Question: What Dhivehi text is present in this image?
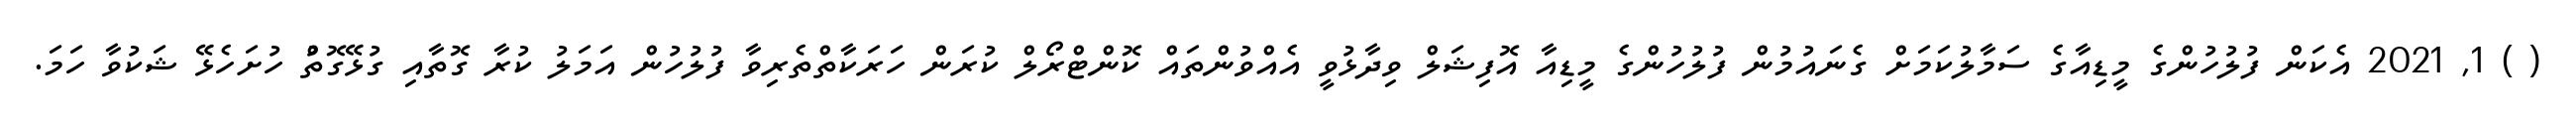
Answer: ( ) 1, 2021 އެކަން ފުލުހުންގެ މީޑިއާގެ ސަމާލުކަމަށް ގެނައުމުން ފުލުހުންގެ މީޑިއާ އޮފިޝަލް ވިދާޅުވީ އެއްވުންތައް ކޮންޓްރޯލް ކުރަން ހަރަކާތްތެރިވާ ފުލުހުން އަމަލު ކުރާ ގޮތާއި ގުޅޭގޮތުް ހުށަހެޅޭ ޝަކުވާ ހަމަ.